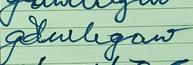
Signature authenticity: forged